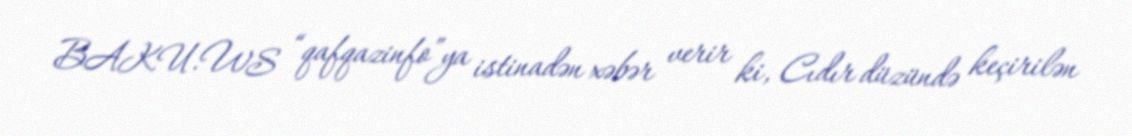
BAKU.WS “qafqazinfo”ya istinadən xəbər verir ki, Cıdır düzündə keçirilən